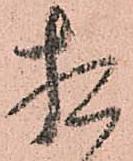
相